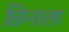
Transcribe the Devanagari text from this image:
छिनाला